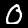
Label: 0